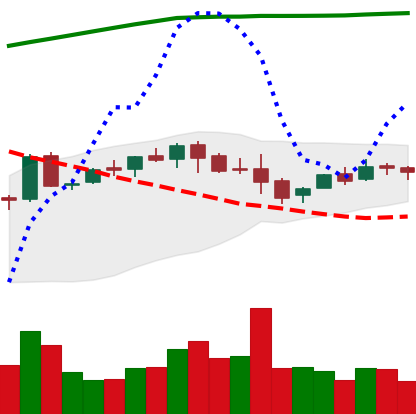
Ticker: LTC-USD
Chart end date: 2015-10-24
Forward return: 22.012%
Label: up_7plus